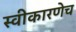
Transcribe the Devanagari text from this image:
स्वीकारणेच